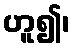
ဟူ၍၊